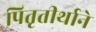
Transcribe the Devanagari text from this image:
पितृतीर्थाने